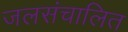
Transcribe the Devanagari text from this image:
जलसंचालित